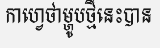
កាហ្វេថាម្ហូបថ្មីនេះបាន